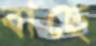
বাছে